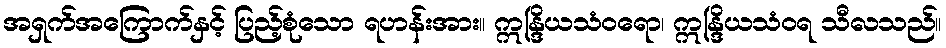
အရှက်အကြောက်နှင့် ပြည့်စုံသော ရဟန်းအား။ ဣန္ဒြိယသံဝရော၊ ဣန္ဒြိယသံဝရ သီလသည်။